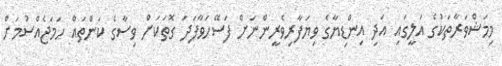
މިމަޝްވަރާތަކުގެ އަލީގައި އަދި އިންޑިޔާގެ ވިޔަފާރިވެރީންނަށް ފަސޭހަވާފަދަ ގޮތަކަށް ވިސާގެ ކަންތައް ހަމަޖެއްސުމަށް